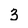
Character: 3